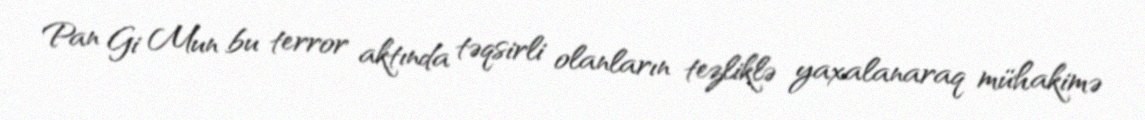
Pan Gi Mun bu terror aktında təqsirli olanların tezliklə yaxalanaraq mühakimə